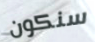
سنكون